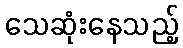
သေဆုံးနေသည့်